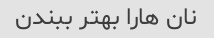
نان هارا بهتر ببندن